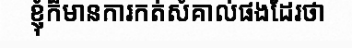
ខ្ញុំក៏មានការកត់សំគាល់ផងដែរថា